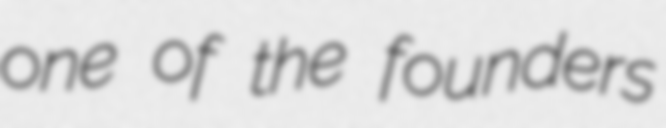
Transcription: one of the founders